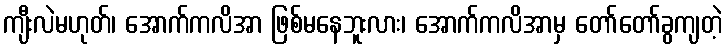
ကျီးလဲမဟုတ်၊ အောက်ကလိအာ ဖြစ်မနေဘူးလား၊ အောက်ကလိအာမှ တော်တော်ခွကျတဲ့